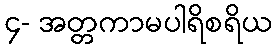
၄- အတ္တကာမပါရိစရိယ